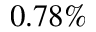
0 . 7 8 \%